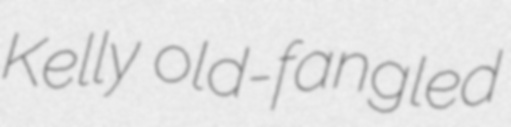
Kelly old-fangled